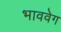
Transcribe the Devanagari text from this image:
भाववेग